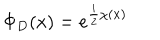
\Phi _ { D } ( x ) = e ^ { { \frac { i } { 2 } } \chi ( x ) }